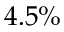
4 . 5 \%